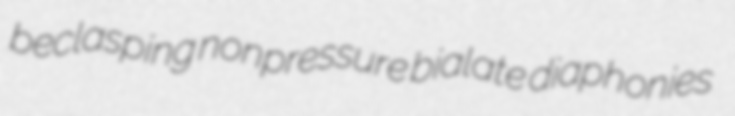
beclasping nonpressure bialate diaphonies